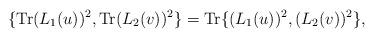
LaTeX: \begin{align*}\{{\rm Tr}(L_1 (u))^2,{\rm Tr}(L_2 (v))^2\}={\rm Tr}\{(L_1 (u))^2 , (L_2 (v))^2\},\end{align*}